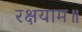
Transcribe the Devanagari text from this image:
रक्षयाम॥